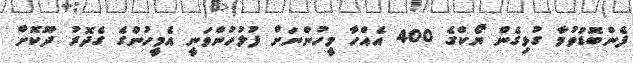
ފެންބޮޑުވުމާ ގުޅިގެން ޔޯކްގެ 400 އެއްހާ މީހުންނަށް ފުލުހުންވަނީ އެމީހުންގެ ގެދޮރު ދޫކޮށް